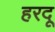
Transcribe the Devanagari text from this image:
हरदू